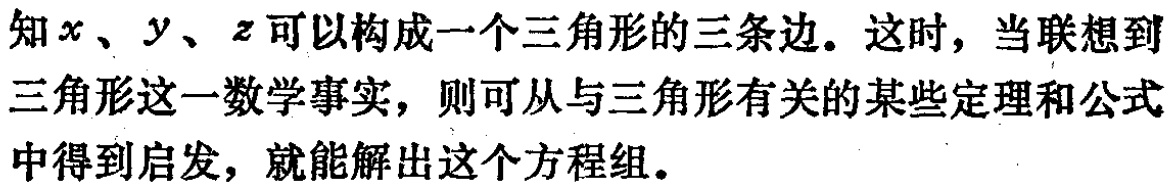
知\(x\)、\(y\)、\(z\)可以构成一个三角形的三条边。这时，当联想到三角形这一数学事实，则可从与三角形有关的某些定理和公式中得到启发，就能解出这个方程组。